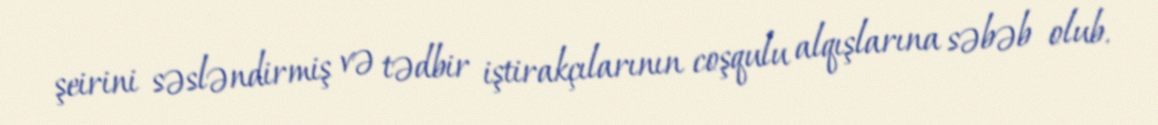
şeirini səsləndirmiş və tədbir iştirakçılarının coşqulu alqışlarına səbəb olub.